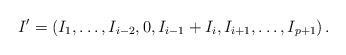
LaTeX: \begin{align*}I' = \left( I_1, \ldots, I_{i-2}, 0, I_{i-1} + I_i, I_{i+1}, \ldots, I_{p+1} \right).\end{align*}